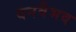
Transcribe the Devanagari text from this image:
वनवैभव